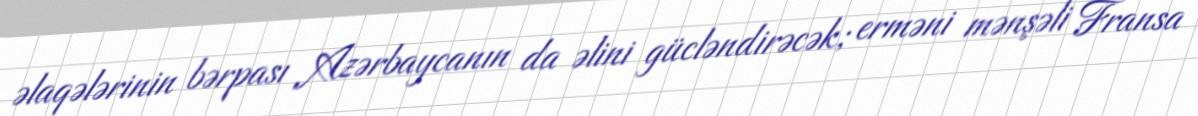
əlaqələrinin bərpası Azərbaycanın da əlini gücləndirəcək; erməni mənşəli Fransa